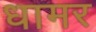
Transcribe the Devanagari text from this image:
धामर